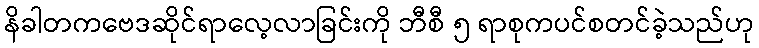
နိခါတကဗေဒဆိုင်ရာလေ့လာခြင်းကို ဘီစီ ၅ ရာစုကပင်စတင်ခဲ့သည်ဟု